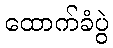
ထောက်ခံပွဲ